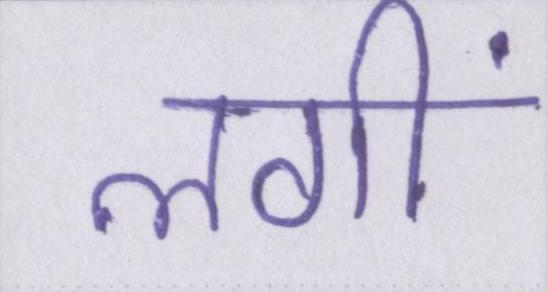
लगीं